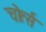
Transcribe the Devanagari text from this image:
चोर्त्स